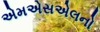
એમએસએલનો